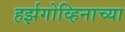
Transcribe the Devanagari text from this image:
हर्झगोव्हिनाच्या